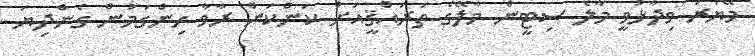
މޭޔަރު ވިދާޅުވީ މާލެ ސިޓީން މާލޭގެ ތަރައްޤީއަށް ކަންކަން ރާވާ ހިންގަމުން ގެންދިޔަ